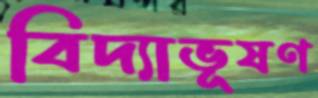
বিদ্যাভূষণ